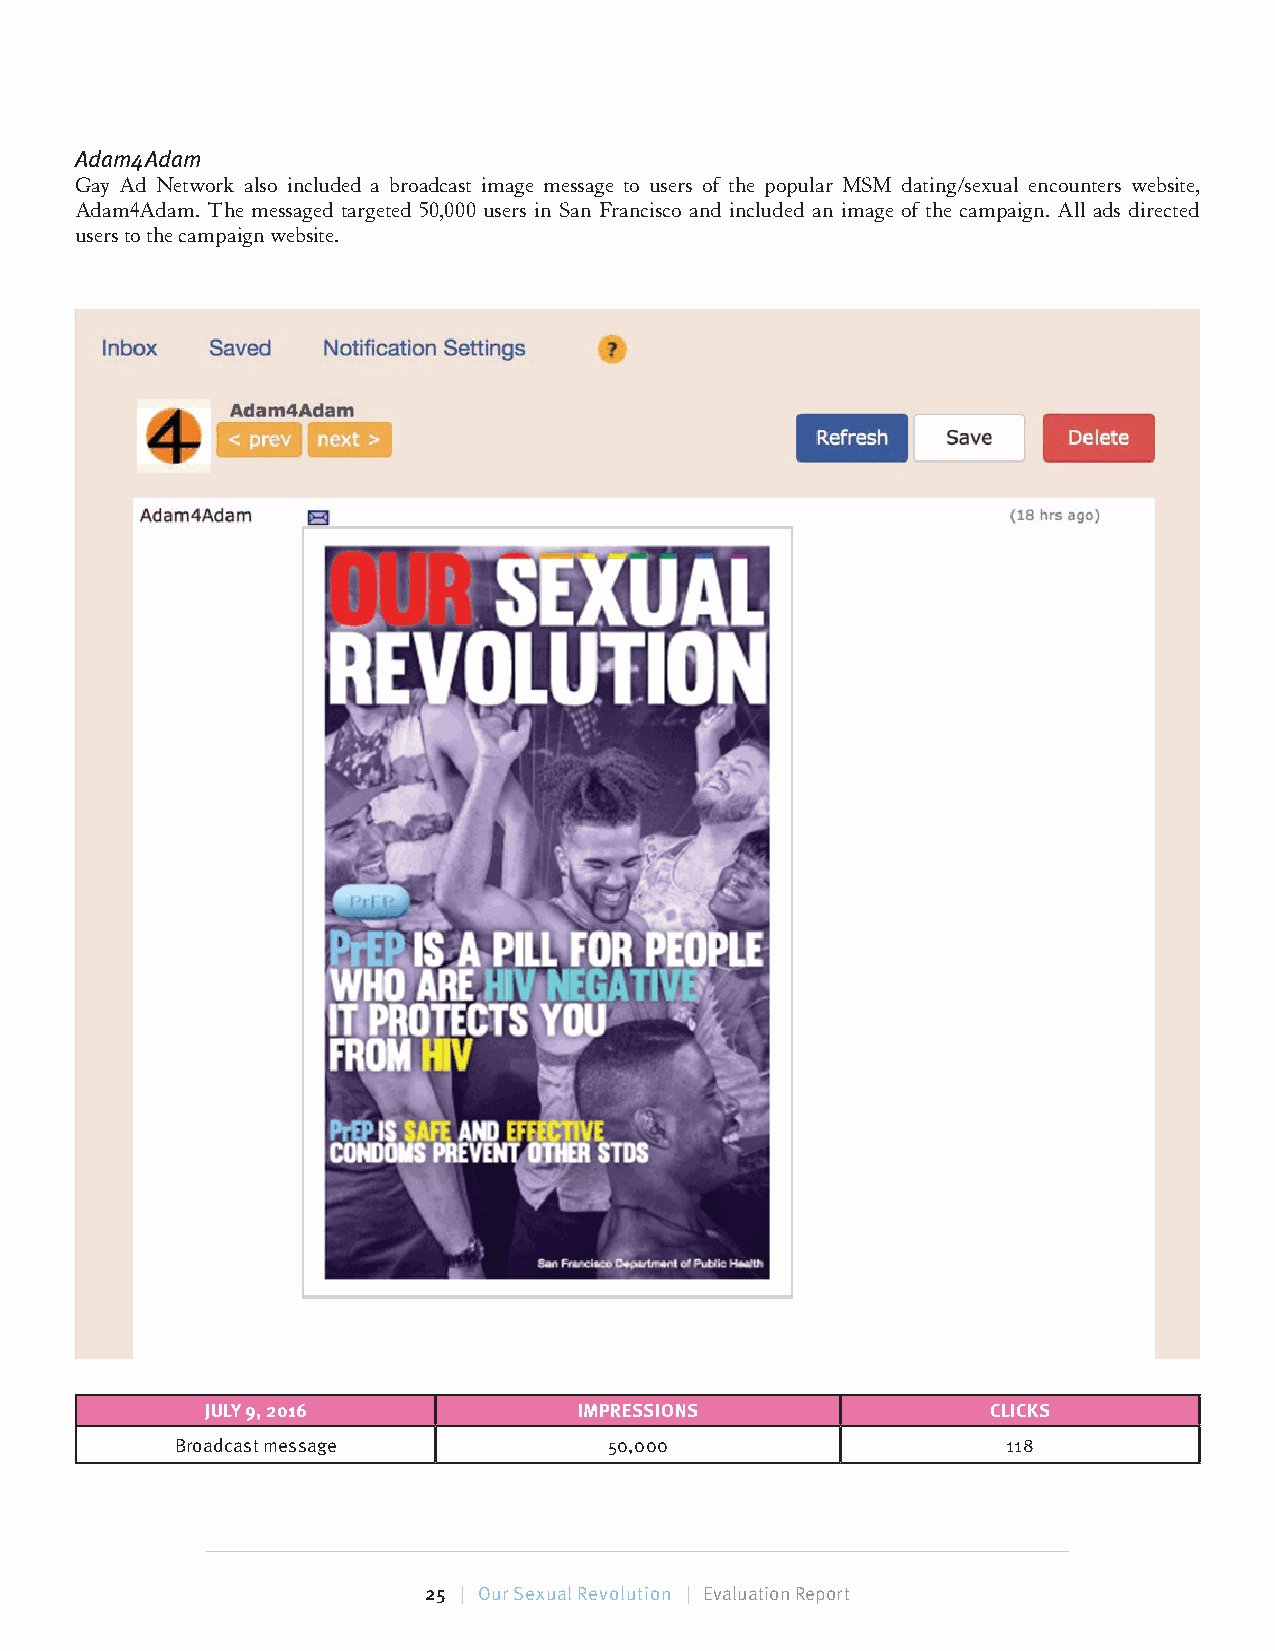
Adam4Adam
 Gay Ad Network also included a broadcast image message to users of the popular MSM dating/sexual encounters website,
 Adam4Adam. The messaged targeted 50,000 users in San Francisco and included an image of the campaign. All ads directed
 users to the campaign website.
 JULY 9, 2016            IMPRESSIONS                 CLICKS
 Broadcast message           50,000                     118
 25 | Our Sexual Revolution | Evaluation Report